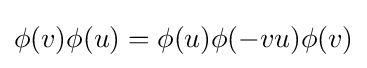
\phi (v)\phi (u)=\phi (u)\phi (-vu)\phi (v)